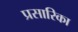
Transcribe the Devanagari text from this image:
प्रसारिका